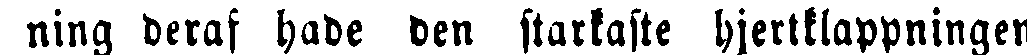
ning deraf hade den starkaste hjerltlappningen